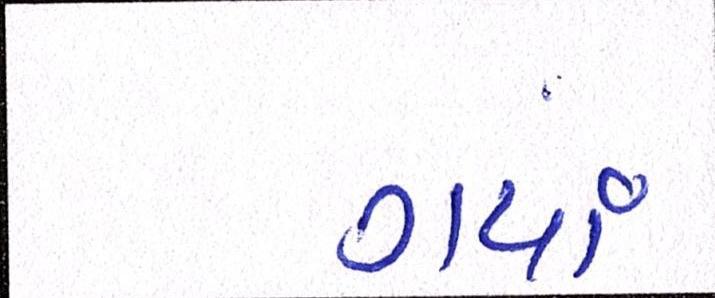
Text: ગયાં